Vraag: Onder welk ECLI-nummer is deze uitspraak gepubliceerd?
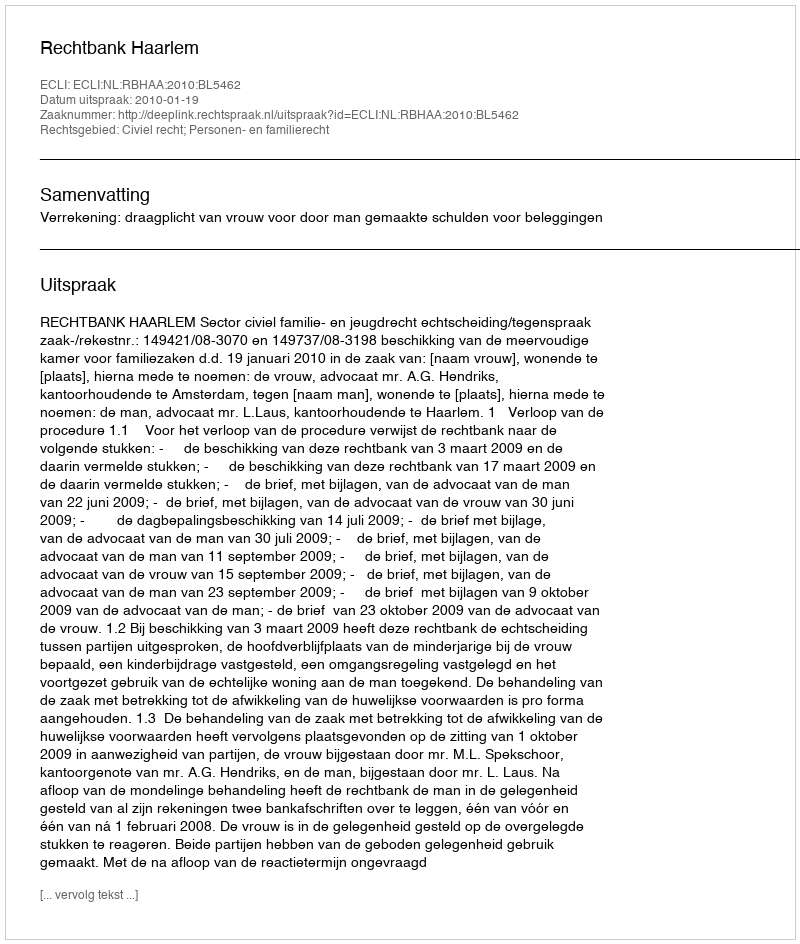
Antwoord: ECLI:NL:RBHAA:2010:BL5462